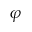
\varphi